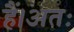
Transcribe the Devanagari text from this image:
हैं।अतः